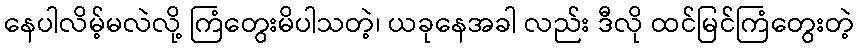
နေပါလိမ့်မလဲလို့ ကြံတွေးမိပါသတဲ့၊ ယခုနေအခါ လည်း ဒီလို ထင်မြင်ကြံတွေးတဲ့